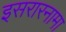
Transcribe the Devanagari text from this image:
इसरारनामा